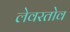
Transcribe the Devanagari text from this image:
लेवरतोव